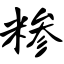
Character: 糁